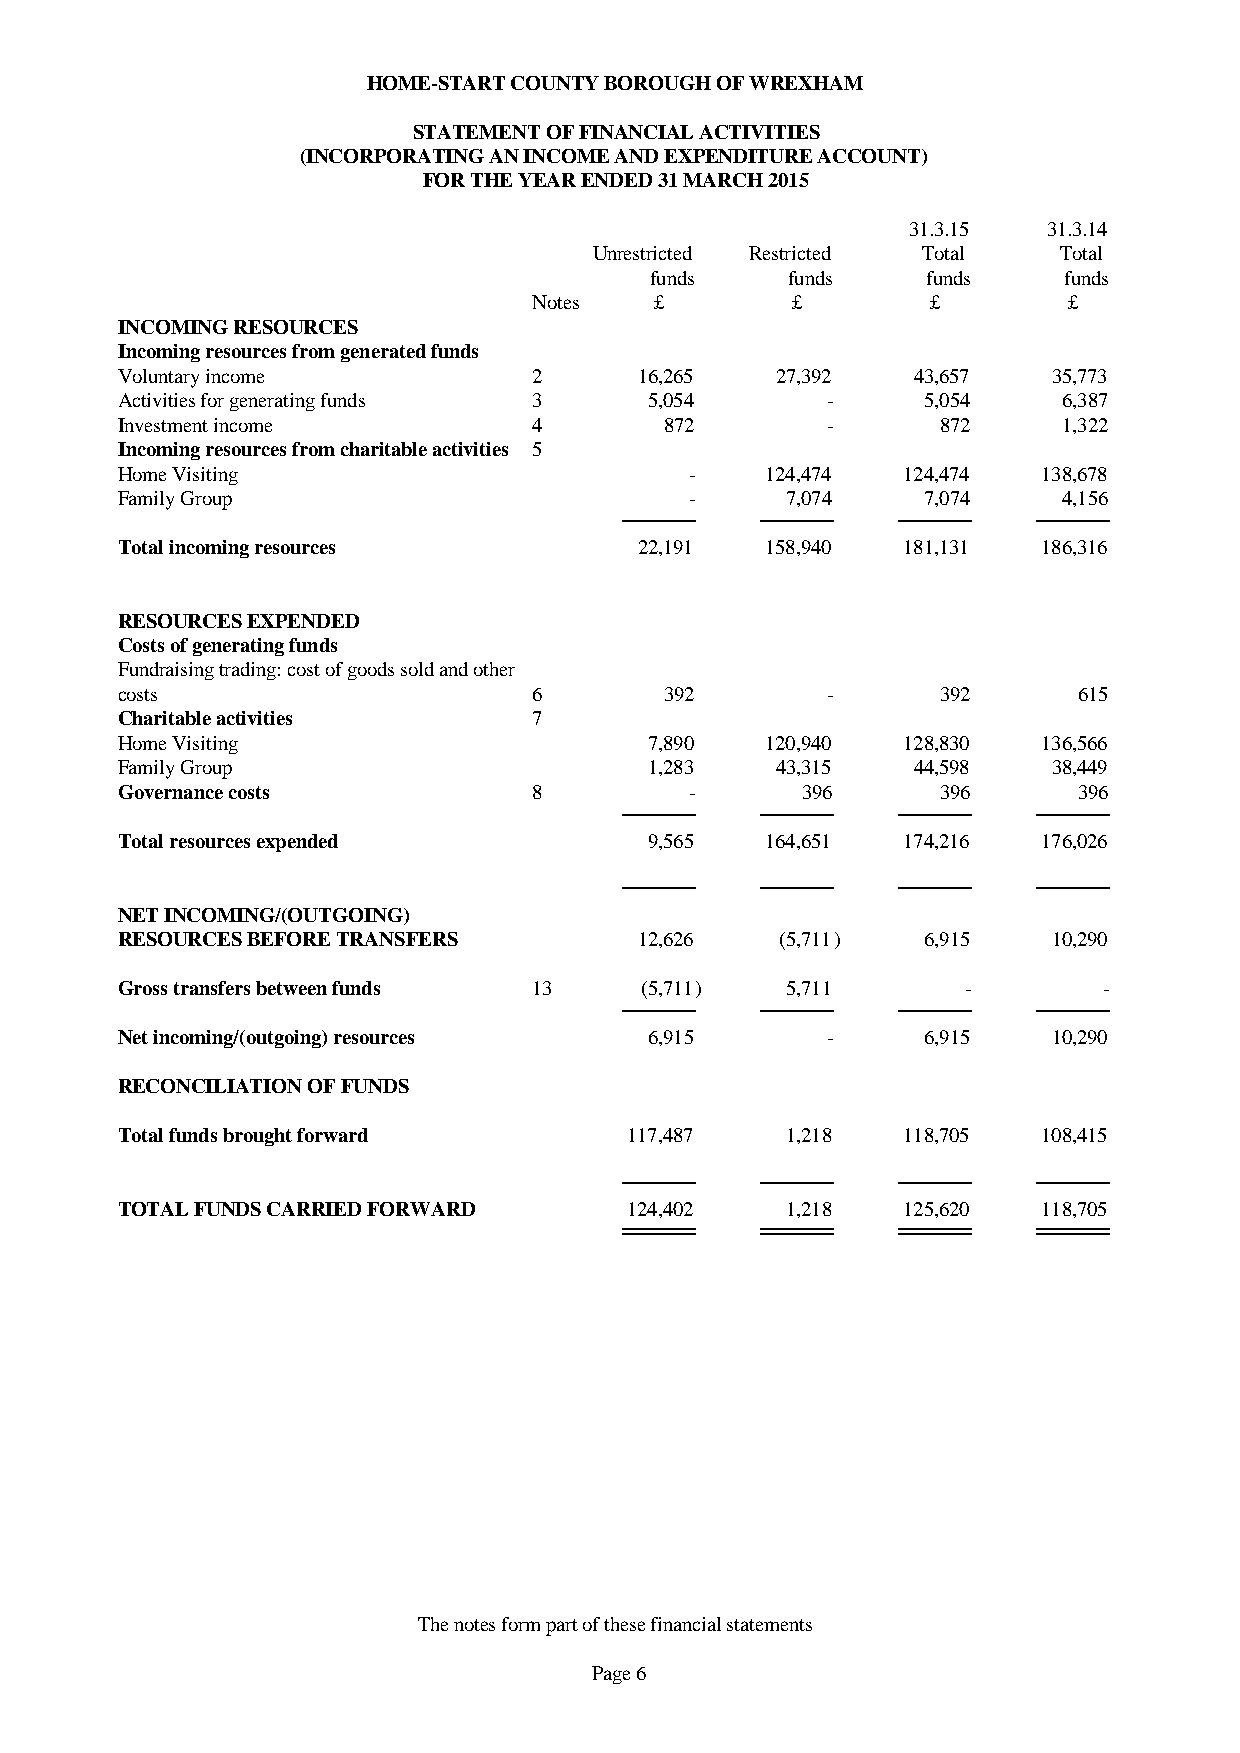
HOME-START COUNTY BOROUGH OF WREXHAM
 STATEMENT OF FINANCIAL ACTIVITIES
 (INCORPORATING AN INCOME AND EXPENDITURE ACCOUNT)
 FOR THE YEAR ENDED 31 MARCH 2015
 31.3.15  31.3.14
 Unrestricted Restricted Total  Total
 funds    funds    funds    funds
 Notes   £        £         £        £
 INCOMING RESOURCES
 Incoming resources from generated funds
 Voluntary income           2      16,265   27,392   43,657    35,773
 Activities for generating funds 3  5,054       -     5,054    6,387
 Investment income          4        872        -      872     1,322
 Incoming resources from charitable activities 5
 Home Visiting                         -    124,474  124,474  138,678
 Family Group                          -     7,074    7,074    4,156
 Total incoming resources          22,191   158,940  181,131  186,316
 RESOURCES EXPENDED
 Costs of generating funds
 Fundraising trading: cost of goods sold and other
 costs                      6        392        -      392      615
 Charitable activities      7
 Home Visiting                      7,890   120,940  128,830  136,566
 Family Group                       1,283   43,315   44,598    38,449
 Governance costs           8          -      396      396      396
 Total resources expended           9,565   164,651  174,216  176,026
 NET INCOMING/(OUTGOING)
 RESOURCES BEFORE TRANSFERS        12,626    (5,711)  6,915    10,290
 Gross transfers between funds 13  (5,711)   5,711       -        -
 Net incoming/(outgoing) resources  6,915       -     6,915    10,290
 RECONCILIATION OF FUNDS
 Total funds brought forward       117,487   1,218   118,705  108,415
 TOTAL FUNDS CARRIED FORWARD       124,402   1,218   125,620  118,705
 The notes form part of these financial statements
 Page 6